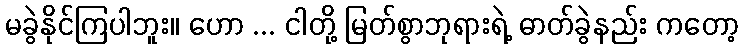
မခွဲနိုင်ကြပါဘူး။ ဟော ... ငါတို့ မြတ်စွာဘုရားရဲ့ ဓာတ်ခွဲနည်း ကတော့